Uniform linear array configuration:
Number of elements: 64
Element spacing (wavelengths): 0.75
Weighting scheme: kaiser
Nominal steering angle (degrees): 15
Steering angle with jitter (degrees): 16.934
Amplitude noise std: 0.05
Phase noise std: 0.05

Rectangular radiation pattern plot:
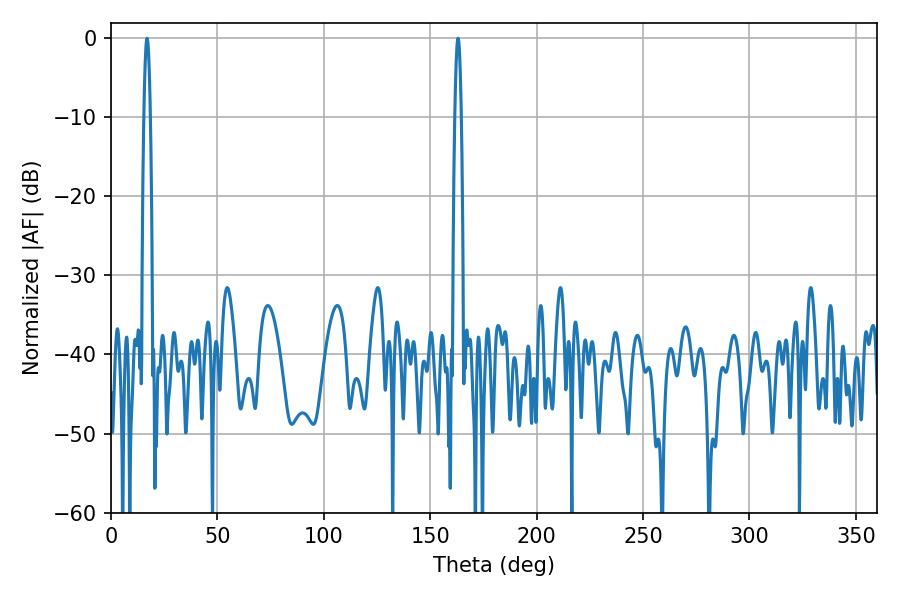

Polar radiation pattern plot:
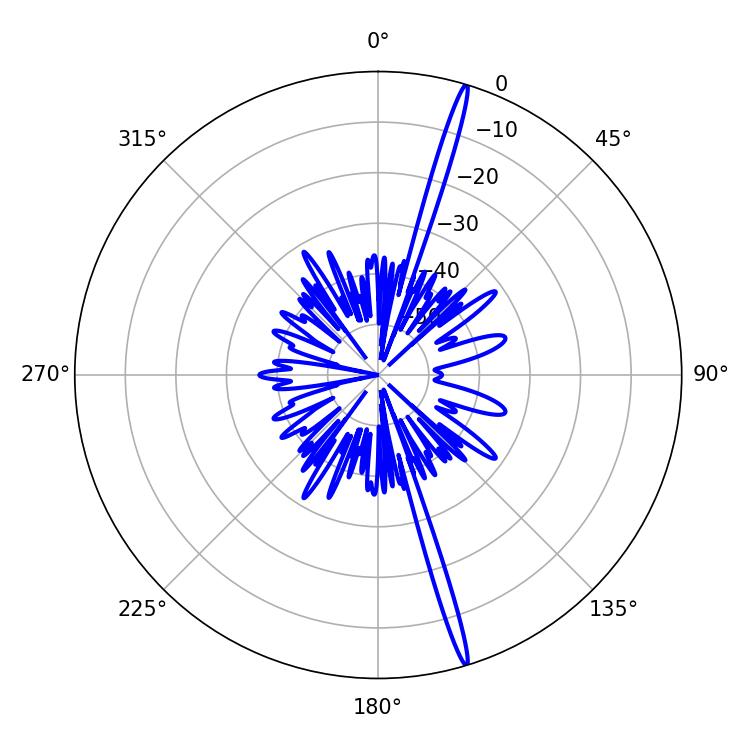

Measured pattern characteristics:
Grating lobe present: TRUE
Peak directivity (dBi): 20.257
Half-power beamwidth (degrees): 1.62
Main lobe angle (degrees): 16.92